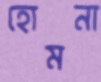
হোমনা